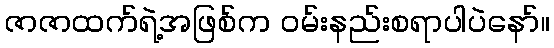
ဇာဇာထက်ရဲ့အဖြစ်က ဝမ်းနည်းစရာပါပဲနော်။